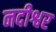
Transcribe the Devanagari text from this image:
नदीश्वर